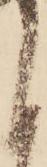
く